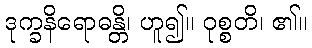
ဒုက္ခနိရောဓန္တိ၊ ဟူ၍။ ဝုစ္စတိ၊ ၏။